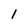
Character: I